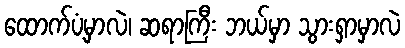
ထောက်ပံ့မှာလဲ၊ ဆရာကြီး ဘယ်မှာ သွားရှာမှာလဲ